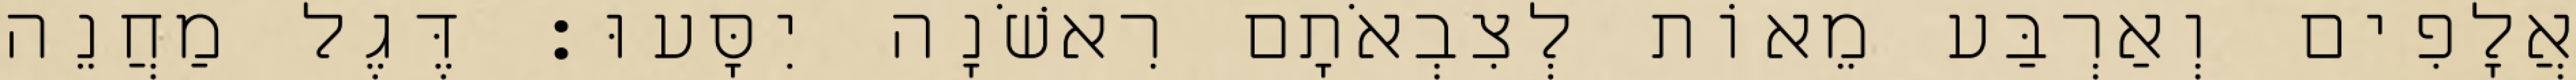
אֲלָפִים וְאַרְבַּע מֵאוֹת לְצִבְאֹתָם רִאשֹׁנָה יִסָּעוּ׃ דֶּגֶל מַחֲנֵה